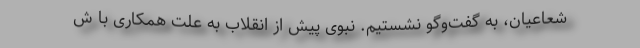
شعاعیان، به گفت‌وگو نشستیم. نبوی پیش از انقلاب به علت همكاری با ش